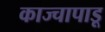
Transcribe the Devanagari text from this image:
काज्चापाडू